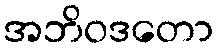
အဘိဝဒတော